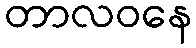
တာလဝနေ